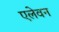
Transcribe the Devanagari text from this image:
एलेवन